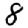
Digit: 8